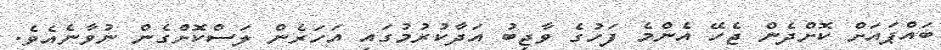
ބައްޕައަށް ކޮށްދެން ޖެހޭ އެންމެ ފަހުގެ ވާޖިބު އަދާކުރުމުގައި އަހަރެން ލަސްކޮށްގެން ނުވާނެއެވެ.